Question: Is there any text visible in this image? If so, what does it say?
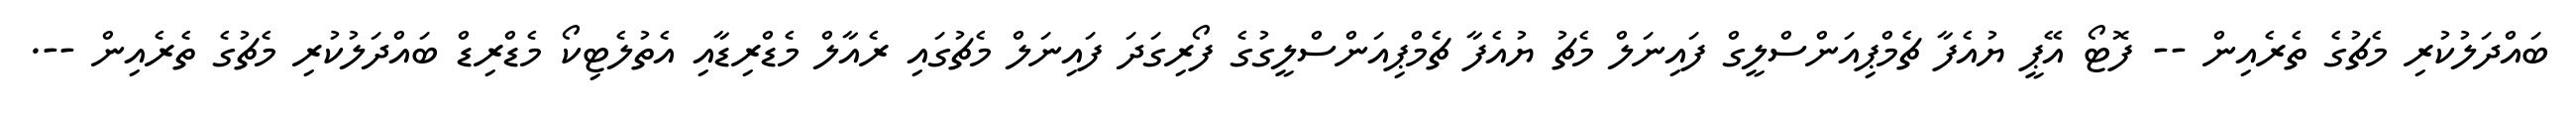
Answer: ބައްދަލުކުރި މެޗުގެ ތެރެއިން -- ފޮޓޯ އޭޕީ ޔުއެފާ ޗެމްޕިއަންސްލީގް ފައިނަލް މެޗު ޔުއެފާ ޗެމްޕިއަންސްލީގުގެ ފޯރިގަދަ ފައިނަލް މެޗުގައި ރެއާލް މެޑްރިޑާއި އެތުލެޓިކޯ މެޑްރިޑް ބައްދަލުކުރި މެޗުގެ ތެރެއިން --.